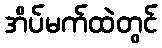
အိပ်မက်ထဲတွင်